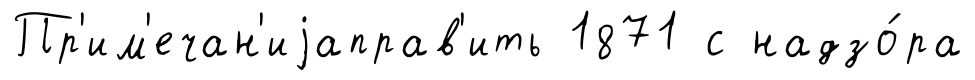
Пр'им'ечан'иjаправ'ить 1871 с надзо́ра